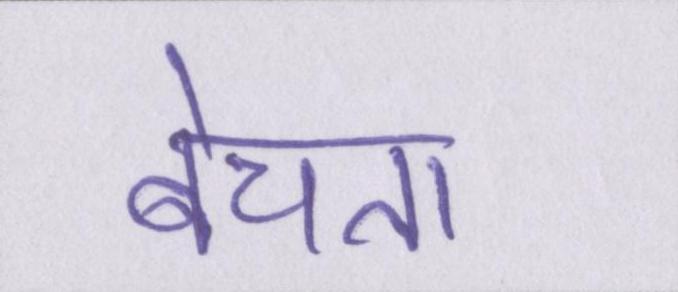
बेचता